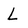
Character: L